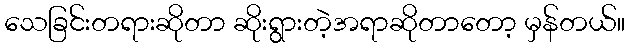
သေခြင်းတရားဆိုတာ ဆိုးရွားတဲ့အရာဆိုတာတော့ မှန်တယ်။